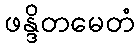
ဖန္ဒိတမေတံ